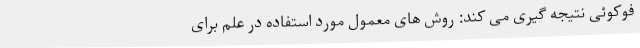
فوکوئی نتیجه گیری می کند: روش های معمول مورد استفاده در علم برای